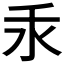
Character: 𱥮